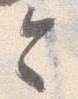
令